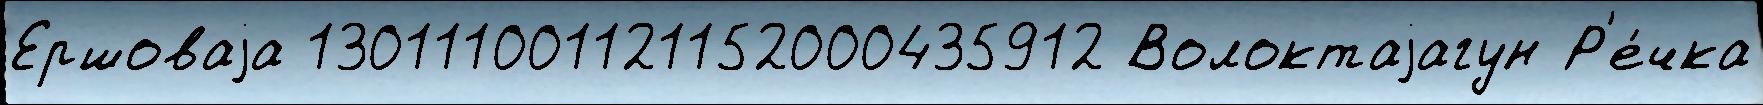
Ершоваjа 130111001121152000435912 Волоктаjагун Р'е́чка